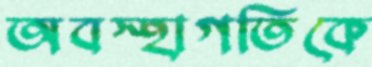
অবস্হাগতিকে